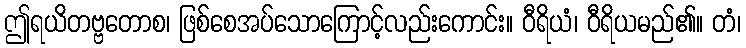
ဤရယိတဗ္ဗတောစ၊ ဖြစ်စေအပ်သောကြောင့်လည်းကောင်း။ ဝီရိယံ၊ ဝီရိယမည်၏။ တံ၊